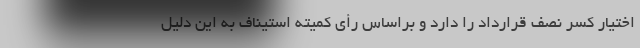
اختیار کسر نصف قرارداد را دارد و براساس رأی کمیته استیناف به این دلیل